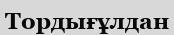
Тордығұлдан